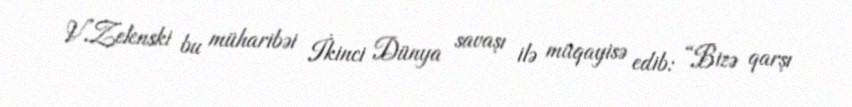
V.Zelenski bu müharibəi İkinci Dünya savaşı ilə müqayisə edib: “Bizə qarşı